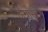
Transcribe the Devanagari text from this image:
अग्रास